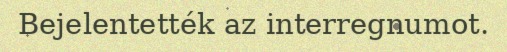
Bejelentették az interregnumot.